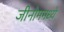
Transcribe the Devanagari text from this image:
जीनोममध्ये